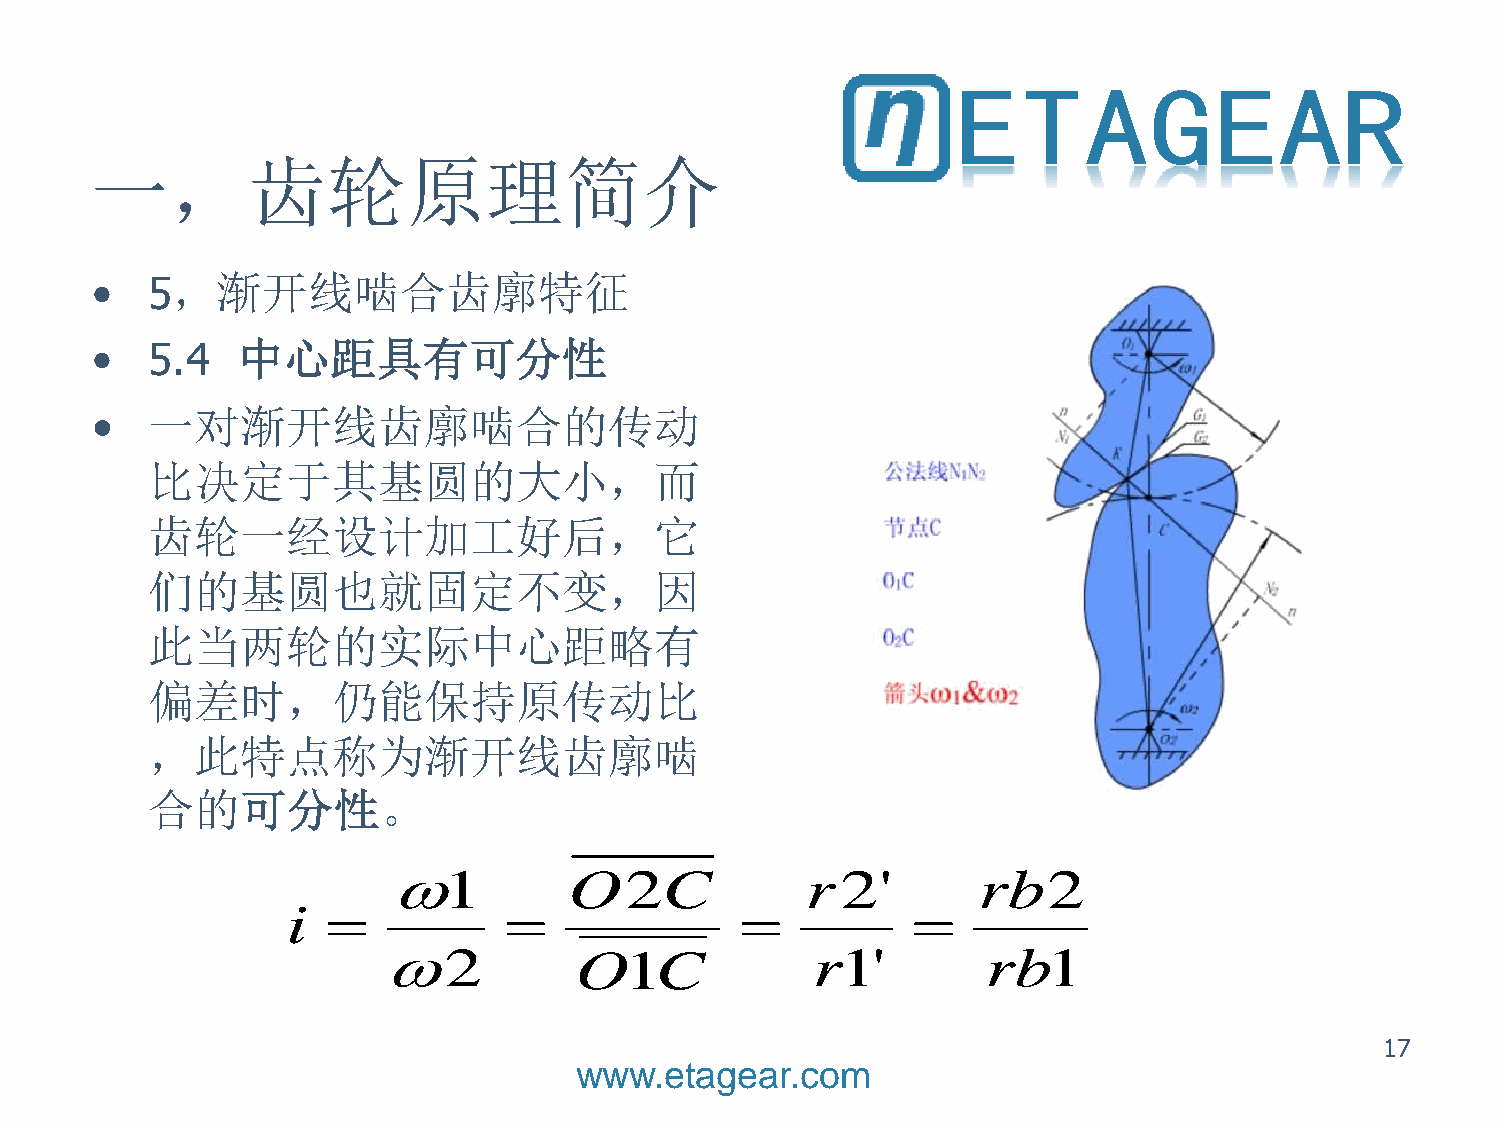
一，齿轮原理简介
 •   5，渐开线啮合齿廓特征
 •   5.4   中心距具有可分性
 •   一对渐开线齿廓啮合的传动
 比决定于其基圆的大小，而
 齿轮一经设计加工好后，它
 们的基圆也就固定不变，因
 此当两轮的实际中心距略有
 偏差时，仍能保持原传动比
 ，此特点称为渐开线齿廓啮
 合的可分性。
 1          O2C            r  2'       rb2
 i                                     
 2           O1C             r1'        rb1
 17
 www.etagear.com